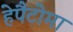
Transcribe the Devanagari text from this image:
हेपैटोमा